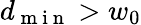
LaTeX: d_{\mathrm{~m~i~n~}}>w_{0}